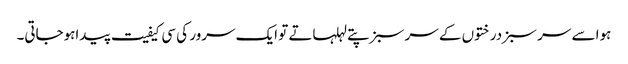
ہوا سے سر سبز درختوں کے سر سبز پتے لہلہاتے تو ایک سرور کی سی کیفیت پیداہوجاتی۔